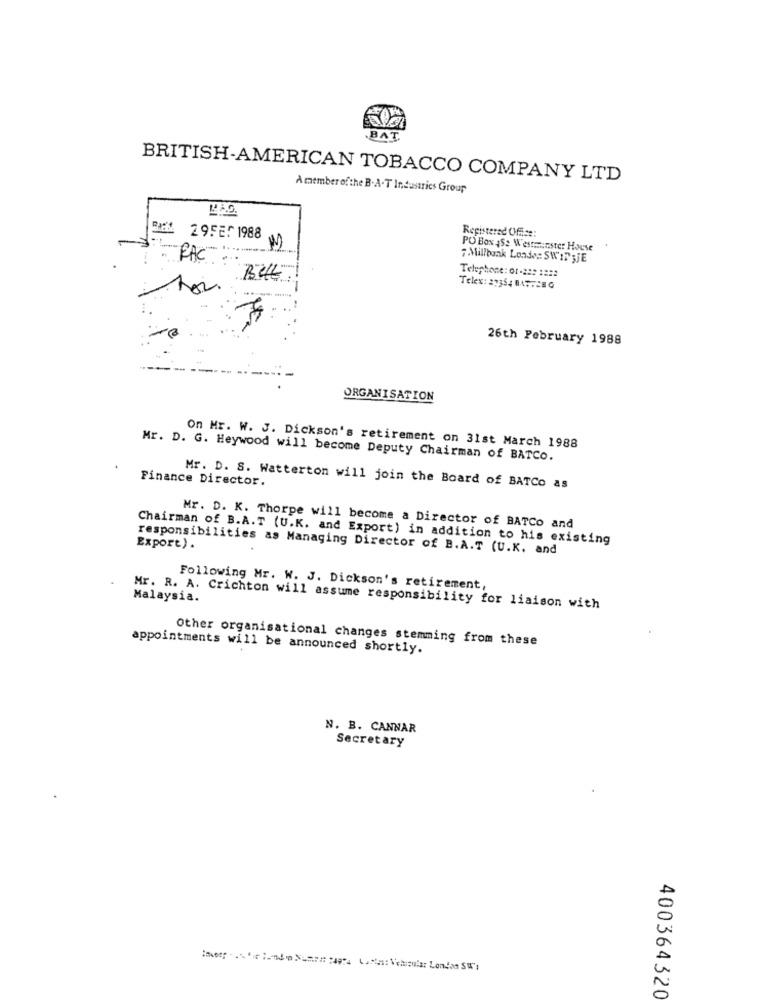
BAT
BRITISH-AMERICAN TOBACCO COMPANY LTD
Amember ofthe B.A.T Industries Group
MAG.
Registered Office:
5 29FE! 1988
PO Box 4S2 Westminster House
-FAC-
7Millbank Loade: SWIF ;JE
Telephone: 01-22: 1222
BULL
Telex: 21354 047.28 G
. ...
26th February 1988
ORGANISATION
On Mr. W. J. Dickson's retirement on 31st March 1988
Mr. D. G. Heywood will become Deputy Chairman of BATCO.
Finance Director.
Mr. D. S. Watterton will join the Board of BATCO as
Mr. D. K. Thorpe will become a Director of BATCo and
Chairman of B.A.T (U.K. and Export) in addition to his existing
responsibilities as Managing Director of B.A.T (U.K. and
Export) .
Following Mr. W. J. Dickson's retirement,
Malaysia.
Mr. R. A. Crichton will assume responsibility for liaison with
Other organisational changes stemming from these
appointments will be announced shortly.
N. B. CANNAR
Secretary
400364320